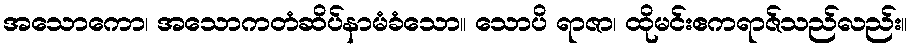
အသောကော၊ အသောကတံဆိပ်နာမံခံသော။ သောပိ ရာဇာ၊ ထိုမင်းဧကရာဇ်သည်လည်း။